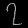
Digit: ၇